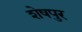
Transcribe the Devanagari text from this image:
शेषपुर